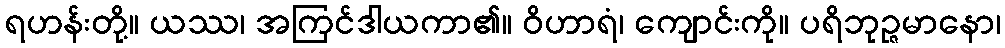
ရဟန်းတို့။ ယဿ၊ အကြင်ဒါယကာ၏။ ဝိဟာရံ၊ ကျောင်းကို။ ပရိဘုဉ္ဇမာနော၊